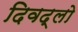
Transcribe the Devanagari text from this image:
दिवद्लो